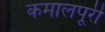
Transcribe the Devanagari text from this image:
कमालपूरी